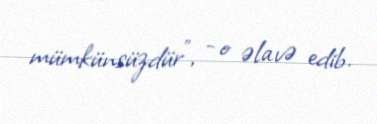
mümkünsüzdür”, - o əlavə edib.